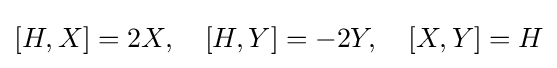
[H,X]=2X,\quad [H,Y]=-2Y,\quad [X,Y]=H